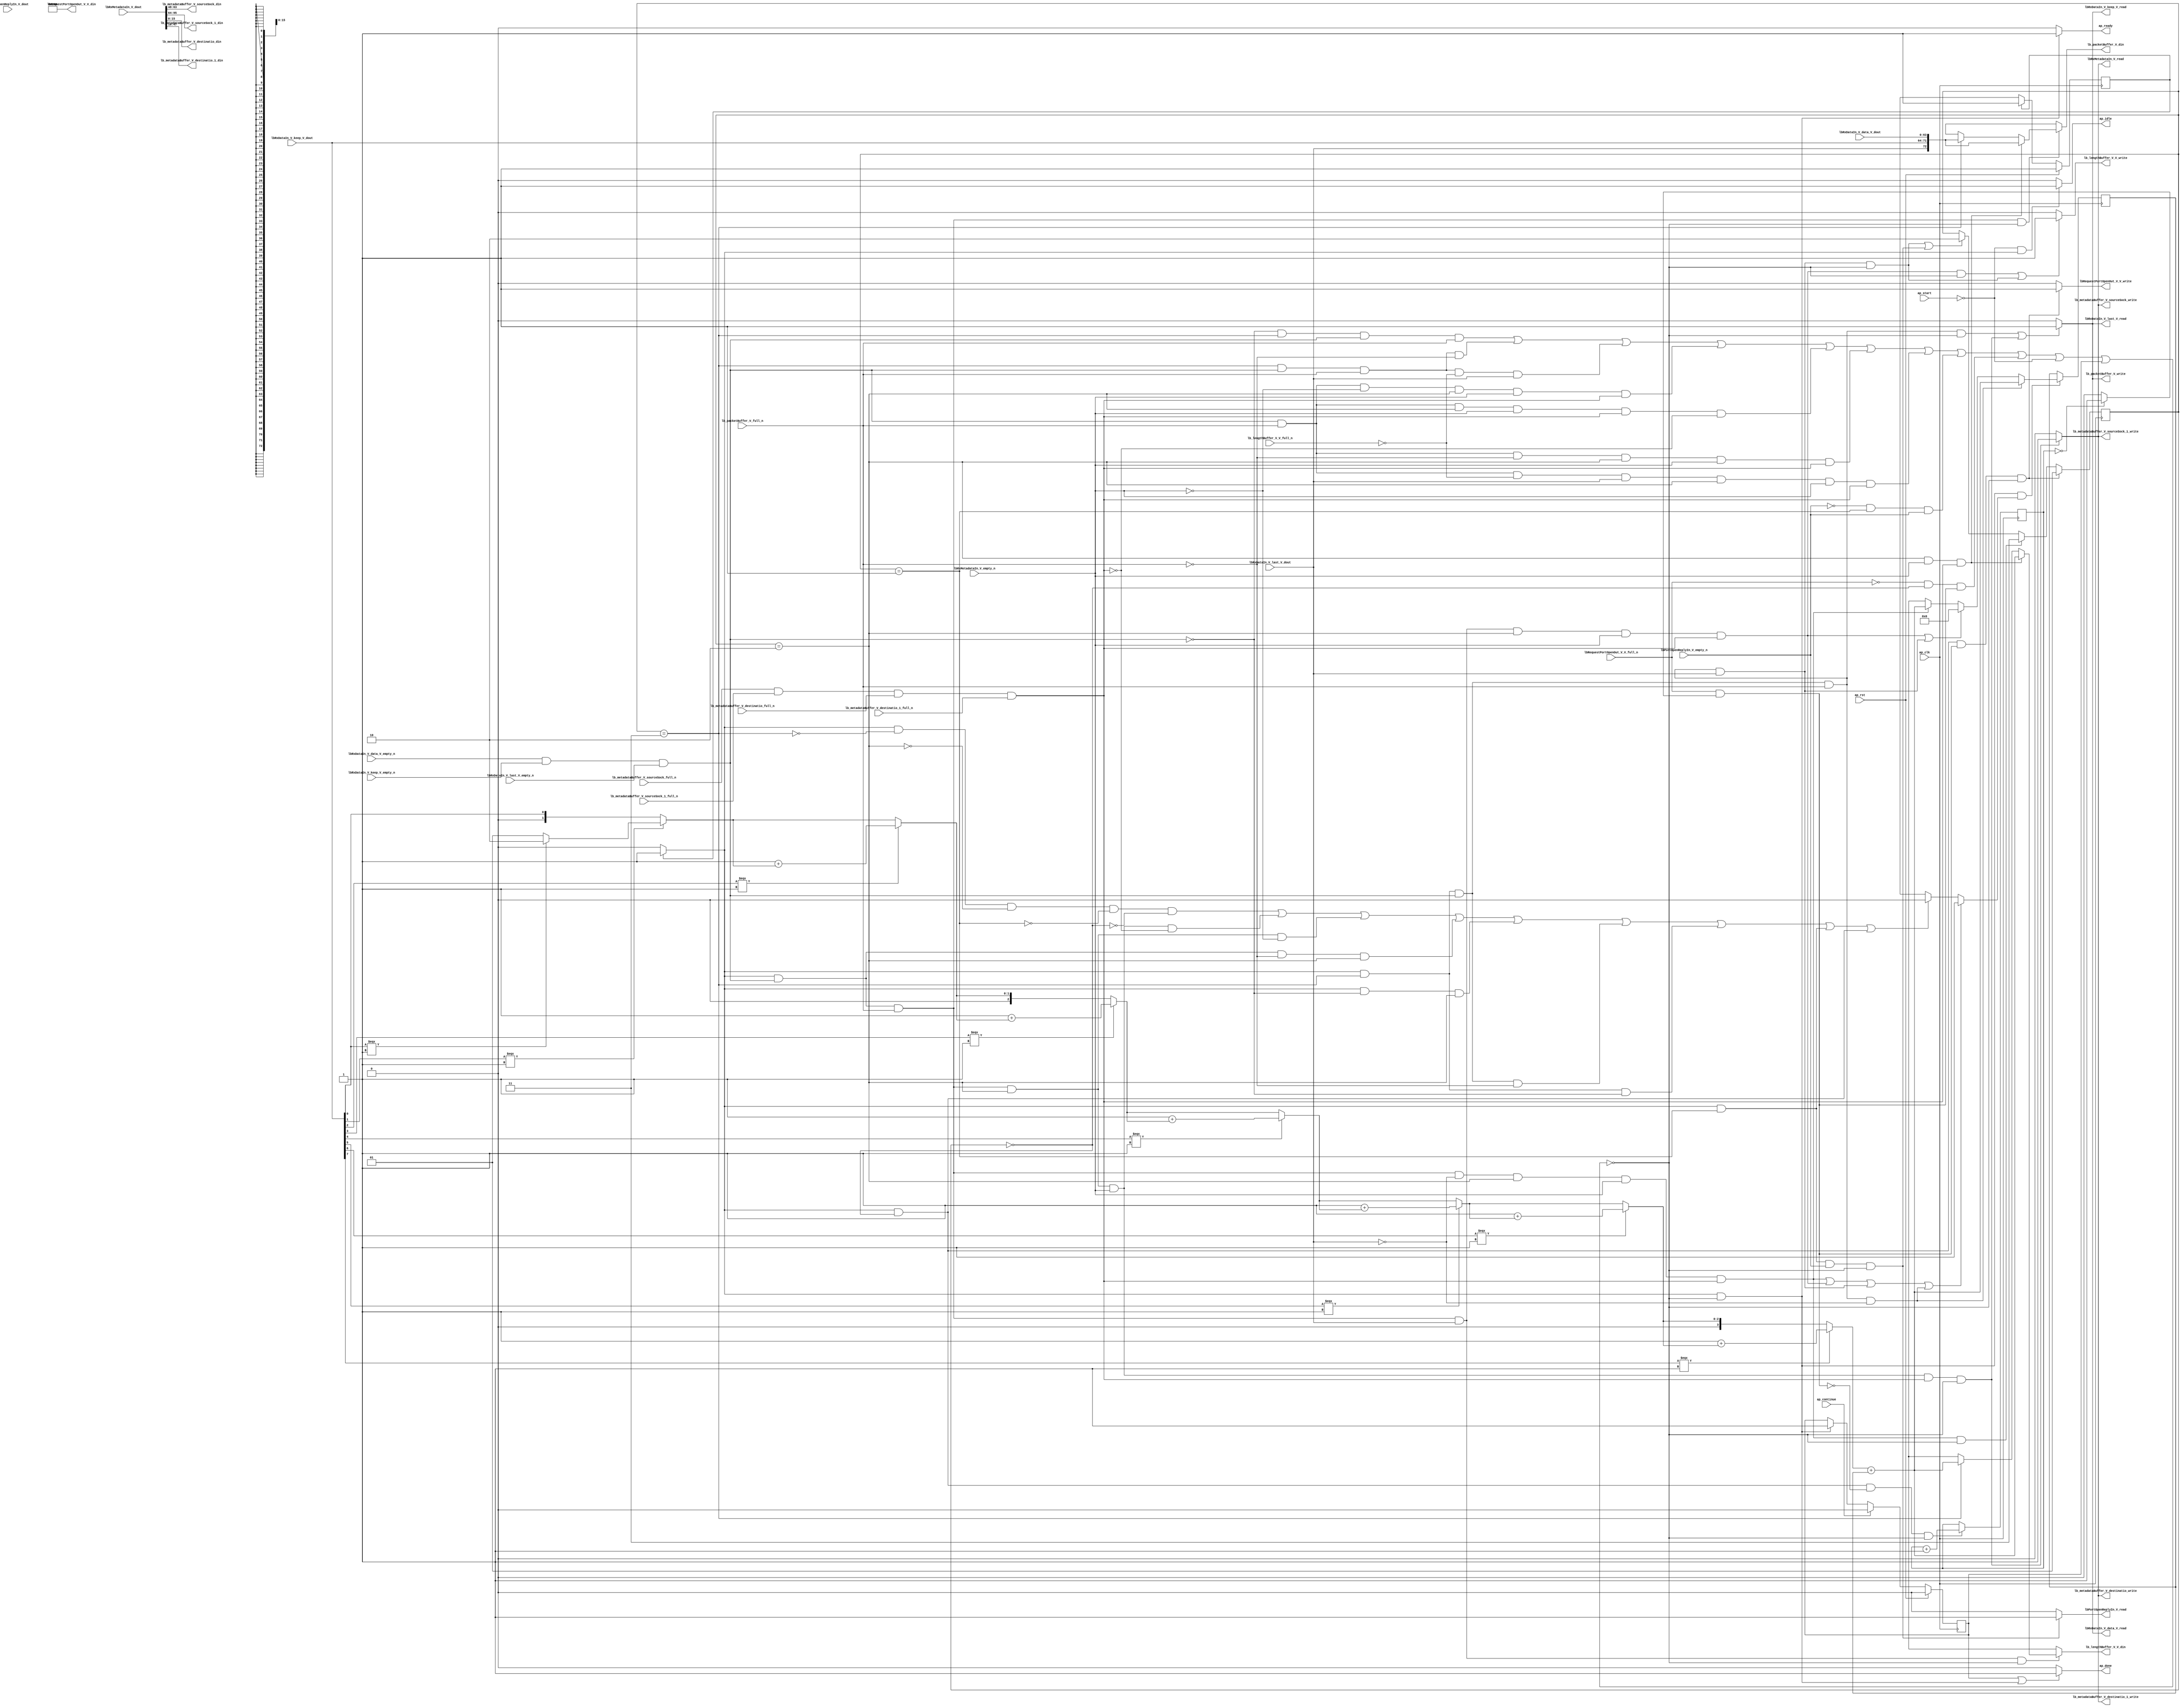
// ==============================================================
// RTL generated by Vivado(TM) HLS - High-Level Synthesis from C, C++ and SystemC
// Version: 2015.1
// Copyright (C) 2015 Xilinx Inc. All rights reserved.
// 
// ===========================================================

`timescale 1 ns / 1 ps 

module udpLoopback_rxPath (
        ap_clk,
        ap_rst,
        ap_start,
        ap_done,
        ap_continue,
        ap_idle,
        ap_ready,
        lbRxDataIn_V_data_V_dout,
        lbRxDataIn_V_data_V_empty_n,
        lbRxDataIn_V_data_V_read,
        lbRxDataIn_V_keep_V_dout,
        lbRxDataIn_V_keep_V_empty_n,
        lbRxDataIn_V_keep_V_read,
        lbRxDataIn_V_last_V_dout,
        lbRxDataIn_V_last_V_empty_n,
        lbRxDataIn_V_last_V_read,
        lbRxMetadataIn_V_dout,
        lbRxMetadataIn_V_empty_n,
        lbRxMetadataIn_V_read,
        lbRequestPortOpenOut_V_V_din,
        lbRequestPortOpenOut_V_V_full_n,
        lbRequestPortOpenOut_V_V_write,
        lbPortOpenReplyIn_V_dout,
        lbPortOpenReplyIn_V_empty_n,
        lbPortOpenReplyIn_V_read,
        lb_packetBuffer_V_din,
        lb_packetBuffer_V_full_n,
        lb_packetBuffer_V_write,
        lb_metadataBuffer_V_sourceSock_din,
        lb_metadataBuffer_V_sourceSock_full_n,
        lb_metadataBuffer_V_sourceSock_write,
        lb_metadataBuffer_V_sourceSock_1_din,
        lb_metadataBuffer_V_sourceSock_1_full_n,
        lb_metadataBuffer_V_sourceSock_1_write,
        lb_metadataBuffer_V_destinatio_din,
        lb_metadataBuffer_V_destinatio_full_n,
        lb_metadataBuffer_V_destinatio_write,
        lb_metadataBuffer_V_destinatio_1_din,
        lb_metadataBuffer_V_destinatio_1_full_n,
        lb_metadataBuffer_V_destinatio_1_write,
        lb_lengthBuffer_V_V_din,
        lb_lengthBuffer_V_V_full_n,
        lb_lengthBuffer_V_V_write
);

parameter    ap_const_logic_1 = 1'b1;
parameter    ap_const_logic_0 = 1'b0;
parameter    ap_ST_st1_fsm_0 = 1'b1;
parameter    ap_const_lv32_0 = 32'b00000000000000000000000000000000;
parameter    ap_const_lv1_1 = 1'b1;
parameter    ap_const_lv2_0 = 2'b00;
parameter    ap_const_lv16_0 = 16'b0000000000000000;
parameter    ap_const_lv1_0 = 1'b0;
parameter    ap_const_lv2_3 = 2'b11;
parameter    ap_const_lv2_2 = 2'b10;
parameter    ap_const_lv2_1 = 2'b1;
parameter    ap_const_lv16_280 = 16'b1010000000;
parameter    ap_const_lv32_1 = 32'b1;
parameter    ap_const_lv32_2 = 32'b10;
parameter    ap_const_lv32_3 = 32'b11;
parameter    ap_const_lv32_4 = 32'b100;
parameter    ap_const_lv32_5 = 32'b101;
parameter    ap_const_lv32_6 = 32'b110;
parameter    ap_const_lv32_7 = 32'b111;
parameter    ap_const_lv3_1 = 3'b1;
parameter    ap_const_lv4_1 = 4'b1;
parameter    ap_const_lv32_10 = 32'b10000;
parameter    ap_const_lv32_2F = 32'b101111;
parameter    ap_const_lv32_30 = 32'b110000;
parameter    ap_const_lv32_3F = 32'b111111;
parameter    ap_const_lv32_40 = 32'b1000000;
parameter    ap_const_lv32_5F = 32'b1011111;
parameter    ap_const_lv32_FFFFFFFF = 32'b11111111111111111111111111111111;
parameter    ap_true = 1'b1;

input   ap_clk;
input   ap_rst;
input   ap_start;
output   ap_done;
input   ap_continue;
output   ap_idle;
output   ap_ready;
input  [63:0] lbRxDataIn_V_data_V_dout;
input   lbRxDataIn_V_data_V_empty_n;
output   lbRxDataIn_V_data_V_read;
input  [7:0] lbRxDataIn_V_keep_V_dout;
input   lbRxDataIn_V_keep_V_empty_n;
output   lbRxDataIn_V_keep_V_read;
input  [0:0] lbRxDataIn_V_last_V_dout;
input   lbRxDataIn_V_last_V_empty_n;
output   lbRxDataIn_V_last_V_read;
input  [95:0] lbRxMetadataIn_V_dout;
input   lbRxMetadataIn_V_empty_n;
output   lbRxMetadataIn_V_read;
output  [15:0] lbRequestPortOpenOut_V_V_din;
input   lbRequestPortOpenOut_V_V_full_n;
output   lbRequestPortOpenOut_V_V_write;
input   lbPortOpenReplyIn_V_dout;
input   lbPortOpenReplyIn_V_empty_n;
output   lbPortOpenReplyIn_V_read;
output  [72:0] lb_packetBuffer_V_din;
input   lb_packetBuffer_V_full_n;
output   lb_packetBuffer_V_write;
output  [15:0] lb_metadataBuffer_V_sourceSock_din;
input   lb_metadataBuffer_V_sourceSock_full_n;
output   lb_metadataBuffer_V_sourceSock_write;
output  [31:0] lb_metadataBuffer_V_sourceSock_1_din;
input   lb_metadataBuffer_V_sourceSock_1_full_n;
output   lb_metadataBuffer_V_sourceSock_1_write;
output  [15:0] lb_metadataBuffer_V_destinatio_din;
input   lb_metadataBuffer_V_destinatio_full_n;
output   lb_metadataBuffer_V_destinatio_write;
output  [31:0] lb_metadataBuffer_V_destinatio_1_din;
input   lb_metadataBuffer_V_destinatio_1_full_n;
output   lb_metadataBuffer_V_destinatio_1_write;
output  [15:0] lb_lengthBuffer_V_V_din;
input   lb_lengthBuffer_V_V_full_n;
output   lb_lengthBuffer_V_V_write;

reg ap_done;
reg ap_idle;
reg ap_ready;
reg lbRxMetadataIn_V_read;
reg lbRequestPortOpenOut_V_V_write;
reg lbPortOpenReplyIn_V_read;
reg[72:0] lb_packetBuffer_V_din;
reg lb_packetBuffer_V_write;
reg[15:0] lb_lengthBuffer_V_V_din;
reg lb_lengthBuffer_V_V_write;
reg    ap_done_reg = 1'b0;
(* fsm_encoding = "none" *) reg   [0:0] ap_CS_fsm = 1'b1;
reg    ap_sig_cseq_ST_st1_fsm_0;
reg    ap_sig_bdd_20;
reg   [1:0] sinkState = 2'b00;
reg   [15:0] lbPacketLength = 16'b0000000000000000;
reg   [31:0] openPortWaitTime_V = 32'b1100100;
reg   [0:0] lbPacketLength_flag_4_phi_fu_321_p26;
wire    lbRxDataIn_V_data_V0_status;
wire   [0:0] grp_nbreadreq_fu_200_p5;
wire   [0:0] grp_nbwritereq_fu_212_p3;
wire   [0:0] tmp_8_nbreadreq_fu_244_p3;
wire   [0:0] tmp_10_nbwritereq_fu_252_p6;
wire    lb_metadataBuffer_V_sourceSock1_status;
wire   [0:0] tmp_1_nbreadreq_fu_288_p3;
wire   [0:0] or_cond_fu_819_p2;
reg    ap_sig_bdd_155;
wire   [15:0] tmp_V_1_fu_795_p2;
reg   [15:0] lbPacketLength_new_4_phi_fu_365_p26;
wire   [15:0] tmp_V_fu_618_p2;
reg    lbRxDataIn_V_data_V0_update;
wire   [72:0] tmp_243_fu_487_p4;
wire   [72:0] tmp_136_fu_664_p4;
reg    lb_metadataBuffer_V_sourceSock1_update;
wire   [31:0] tmp_6_fu_825_p2;
wire   [0:0] tmp_9_fu_498_p1;
wire   [0:0] grp_fu_417_p3;
wire   [1:0] counter_V_1_fu_506_p3;
wire   [1:0] p_051_0_cast_fu_502_p1;
wire   [1:0] p_051_0_1_fu_514_p3;
wire   [0:0] grp_fu_425_p3;
wire   [1:0] counter_V_2_fu_522_p2;
wire   [1:0] p_051_0_2_fu_528_p3;
wire   [2:0] p_051_0_2_cast_fu_536_p1;
wire   [0:0] grp_fu_433_p3;
wire   [2:0] counter_V_3_fu_540_p2;
wire   [2:0] p_051_0_3_fu_546_p3;
wire   [0:0] grp_fu_441_p3;
wire   [2:0] counter_V_4_fu_554_p2;
wire   [2:0] p_051_0_4_fu_560_p3;
wire   [0:0] grp_fu_449_p3;
wire   [2:0] counter_V_5_fu_568_p2;
wire   [2:0] p_051_0_5_fu_574_p3;
wire   [0:0] grp_fu_457_p3;
wire   [2:0] counter_V_6_fu_582_p2;
wire   [2:0] p_051_0_6_fu_588_p3;
wire   [3:0] p_051_0_6_cast_fu_596_p1;
wire   [0:0] grp_fu_465_p3;
wire   [3:0] counter_V_7_fu_600_p2;
wire   [3:0] p_051_0_7_fu_606_p3;
wire   [15:0] tmp_s_fu_614_p1;
wire   [0:0] tmp_20_fu_675_p1;
wire   [1:0] counter_V_1_1_fu_683_p3;
wire   [1:0] p_067_0_cast_fu_679_p1;
wire   [1:0] p_067_0_1_fu_691_p3;
wire   [1:0] counter_V_1_2_fu_699_p2;
wire   [1:0] p_067_0_2_fu_705_p3;
wire   [2:0] p_067_0_2_cast_fu_713_p1;
wire   [2:0] counter_V_1_3_fu_717_p2;
wire   [2:0] p_067_0_3_fu_723_p3;
wire   [2:0] counter_V_1_4_fu_731_p2;
wire   [2:0] p_067_0_4_fu_737_p3;
wire   [2:0] counter_V_1_5_fu_745_p2;
wire   [2:0] p_067_0_5_fu_751_p3;
wire   [2:0] counter_V_1_6_fu_759_p2;
wire   [2:0] p_067_0_6_fu_765_p3;
wire   [3:0] p_067_0_6_cast_fu_773_p1;
wire   [3:0] counter_V_1_7_fu_777_p2;
wire   [3:0] p_067_0_7_fu_783_p3;
wire   [15:0] tmp_13_fu_791_p1;
wire   [0:0] or_cond_fu_819_p0;
wire   [0:0] tmp_5_fu_813_p2;
reg   [0:0] ap_NS_fsm;
reg    ap_sig_bdd_551;
reg    ap_sig_bdd_549;
reg    ap_sig_bdd_554;




/// the current state (ap_CS_fsm) of the state machine. ///
always @ (posedge ap_clk)
begin : ap_ret_ap_CS_fsm
    if (ap_rst == 1'b1) begin
        ap_CS_fsm <= ap_ST_st1_fsm_0;
    end else begin
        ap_CS_fsm <= ap_NS_fsm;
    end
end

/// ap_done_reg assign process. ///
always @ (posedge ap_clk)
begin : ap_ret_ap_done_reg
    if (ap_rst == 1'b1) begin
        ap_done_reg <= ap_const_logic_0;
    end else begin
        if ((ap_const_logic_1 == ap_continue)) begin
            ap_done_reg <= ap_const_logic_0;
        end else if (((ap_const_logic_1 == ap_sig_cseq_ST_st1_fsm_0) & ~ap_sig_bdd_155)) begin
            ap_done_reg <= ap_const_logic_1;
        end
    end
end

/// assign process. ///
always @(posedge ap_clk)
begin
    if (((ap_const_logic_1 == ap_sig_cseq_ST_st1_fsm_0) & (ap_const_lv2_0 == sinkState) & ~(ap_const_lv1_0 == or_cond_fu_819_p2) & ~ap_sig_bdd_155)) begin
        sinkState <= ap_const_lv2_1;
    end else if (((ap_const_logic_1 == ap_sig_cseq_ST_st1_fsm_0) & ~(ap_const_lv1_0 == grp_nbreadreq_fu_200_p5) & ~(ap_const_lv1_0 == grp_nbwritereq_fu_212_p3) & (ap_const_lv1_0 == lbRxDataIn_V_last_V_dout) & (sinkState == ap_const_lv2_2) & ~(ap_const_lv1_0 == tmp_8_nbreadreq_fu_244_p3) & ~(ap_const_lv1_0 == tmp_10_nbwritereq_fu_252_p6) & ~ap_sig_bdd_155)) begin
        sinkState <= ap_const_lv2_3;
    end else if ((((ap_const_logic_1 == ap_sig_cseq_ST_st1_fsm_0) & (sinkState == ap_const_lv2_3) & ~(ap_const_lv1_0 == grp_nbreadreq_fu_200_p5) & ~(ap_const_lv1_0 == grp_nbwritereq_fu_212_p3) & ~(ap_const_lv1_0 == lbRxDataIn_V_last_V_dout) & ~ap_sig_bdd_155) | ((ap_const_logic_1 == ap_sig_cseq_ST_st1_fsm_0) & (sinkState == ap_const_lv2_1) & ~(ap_const_lv1_0 == tmp_1_nbreadreq_fu_288_p3) & ~ap_sig_bdd_155))) begin
        sinkState <= ap_const_lv2_2;
    end
end

/// assign process. ///
always @(posedge ap_clk)
begin
    if (((ap_const_logic_1 == ap_sig_cseq_ST_st1_fsm_0) & ~ap_sig_bdd_155 & ~(ap_const_lv1_0 == lbPacketLength_flag_4_phi_fu_321_p26))) begin
        lbPacketLength <= lbPacketLength_new_4_phi_fu_365_p26;
    end
end

/// assign process. ///
always @(posedge ap_clk)
begin
    if (((ap_const_logic_1 == ap_sig_cseq_ST_st1_fsm_0) & (ap_const_lv2_0 == sinkState) & (ap_const_lv1_0 == or_cond_fu_819_p2) & ~ap_sig_bdd_155)) begin
        openPortWaitTime_V <= tmp_6_fu_825_p2;
    end
end

/// ap_done assign process. ///
always @ (ap_done_reg or ap_sig_cseq_ST_st1_fsm_0 or ap_sig_bdd_155)
begin
    if (((ap_const_logic_1 == ap_done_reg) | ((ap_const_logic_1 == ap_sig_cseq_ST_st1_fsm_0) & ~ap_sig_bdd_155))) begin
        ap_done = ap_const_logic_1;
    end else begin
        ap_done = ap_const_logic_0;
    end
end

/// ap_idle assign process. ///
always @ (ap_start or ap_sig_cseq_ST_st1_fsm_0)
begin
    if ((~(ap_const_logic_1 == ap_start) & (ap_const_logic_1 == ap_sig_cseq_ST_st1_fsm_0))) begin
        ap_idle = ap_const_logic_1;
    end else begin
        ap_idle = ap_const_logic_0;
    end
end

/// ap_ready assign process. ///
always @ (ap_sig_cseq_ST_st1_fsm_0 or ap_sig_bdd_155)
begin
    if (((ap_const_logic_1 == ap_sig_cseq_ST_st1_fsm_0) & ~ap_sig_bdd_155)) begin
        ap_ready = ap_const_logic_1;
    end else begin
        ap_ready = ap_const_logic_0;
    end
end

/// ap_sig_cseq_ST_st1_fsm_0 assign process. ///
always @ (ap_sig_bdd_20)
begin
    if (ap_sig_bdd_20) begin
        ap_sig_cseq_ST_st1_fsm_0 = ap_const_logic_1;
    end else begin
        ap_sig_cseq_ST_st1_fsm_0 = ap_const_logic_0;
    end
end

/// lbPacketLength_flag_4_phi_fu_321_p26 assign process. ///
always @ (ap_sig_cseq_ST_st1_fsm_0 or lbRxDataIn_V_last_V_dout or sinkState or grp_nbreadreq_fu_200_p5 or grp_nbwritereq_fu_212_p3 or tmp_8_nbreadreq_fu_244_p3 or tmp_10_nbwritereq_fu_252_p6)
begin
    if ((((ap_const_logic_1 == ap_sig_cseq_ST_st1_fsm_0) & ~(ap_const_lv1_0 == grp_nbreadreq_fu_200_p5) & ~(ap_const_lv1_0 == grp_nbwritereq_fu_212_p3) & (ap_const_lv1_0 == lbRxDataIn_V_last_V_dout) & (sinkState == ap_const_lv2_2) & ~(ap_const_lv1_0 == tmp_8_nbreadreq_fu_244_p3) & ~(ap_const_lv1_0 == tmp_10_nbwritereq_fu_252_p6)) | ((ap_const_logic_1 == ap_sig_cseq_ST_st1_fsm_0) & ~(ap_const_lv1_0 == grp_nbreadreq_fu_200_p5) & ~(ap_const_lv1_0 == grp_nbwritereq_fu_212_p3) & ~(ap_const_lv1_0 == lbRxDataIn_V_last_V_dout) & (sinkState == ap_const_lv2_2) & ~(ap_const_lv1_0 == tmp_8_nbreadreq_fu_244_p3) & ~(ap_const_lv1_0 == tmp_10_nbwritereq_fu_252_p6)) | ((ap_const_logic_1 == ap_sig_cseq_ST_st1_fsm_0) & (sinkState == ap_const_lv2_3) & ~(ap_const_lv1_0 == grp_nbreadreq_fu_200_p5) & ~(ap_const_lv1_0 == grp_nbwritereq_fu_212_p3) & ~(ap_const_lv1_0 == lbRxDataIn_V_last_V_dout)) | ((ap_const_logic_1 == ap_sig_cseq_ST_st1_fsm_0) & (sinkState == ap_const_lv2_3) & ~(ap_const_lv1_0 == grp_nbreadreq_fu_200_p5) & ~(ap_const_lv1_0 == grp_nbwritereq_fu_212_p3) & (ap_const_lv1_0 == lbRxDataIn_V_last_V_dout)))) begin
        lbPacketLength_flag_4_phi_fu_321_p26 = ap_const_lv1_1;
    end else if ((((ap_const_logic_1 == ap_sig_cseq_ST_st1_fsm_0) & ~(sinkState == ap_const_lv2_3) & ~(sinkState == ap_const_lv2_2) & ~(sinkState == ap_const_lv2_1) & ~(ap_const_lv2_0 == sinkState)) | ((ap_const_logic_1 == ap_sig_cseq_ST_st1_fsm_0) & ~(ap_const_lv1_0 == grp_nbreadreq_fu_200_p5) & ~(ap_const_lv1_0 == grp_nbwritereq_fu_212_p3) & (sinkState == ap_const_lv2_2) & ~(ap_const_lv1_0 == tmp_8_nbreadreq_fu_244_p3) & (ap_const_lv1_0 == tmp_10_nbwritereq_fu_252_p6)) | ((ap_const_logic_1 == ap_sig_cseq_ST_st1_fsm_0) & ~(ap_const_lv1_0 == grp_nbreadreq_fu_200_p5) & ~(ap_const_lv1_0 == grp_nbwritereq_fu_212_p3) & (sinkState == ap_const_lv2_2) & (ap_const_lv1_0 == tmp_8_nbreadreq_fu_244_p3)) | ((ap_const_logic_1 == ap_sig_cseq_ST_st1_fsm_0) & ~(ap_const_lv1_0 == grp_nbreadreq_fu_200_p5) & (ap_const_lv1_0 == grp_nbwritereq_fu_212_p3) & (sinkState == ap_const_lv2_2)) | ((ap_const_logic_1 == ap_sig_cseq_ST_st1_fsm_0) & (ap_const_lv1_0 == grp_nbreadreq_fu_200_p5) & (sinkState == ap_const_lv2_2)) | ((ap_const_logic_1 == ap_sig_cseq_ST_st1_fsm_0) & (sinkState == ap_const_lv2_3) & ~(ap_const_lv1_0 == grp_nbreadreq_fu_200_p5) & (ap_const_lv1_0 == grp_nbwritereq_fu_212_p3)) | ((ap_const_logic_1 == ap_sig_cseq_ST_st1_fsm_0) & (sinkState == ap_const_lv2_3) & (ap_const_lv1_0 == grp_nbreadreq_fu_200_p5)) | ((ap_const_logic_1 == ap_sig_cseq_ST_st1_fsm_0) & (sinkState == ap_const_lv2_1)) | ((ap_const_logic_1 == ap_sig_cseq_ST_st1_fsm_0) & (ap_const_lv2_0 == sinkState)))) begin
        lbPacketLength_flag_4_phi_fu_321_p26 = ap_const_lv1_0;
    end else begin
        lbPacketLength_flag_4_phi_fu_321_p26 = 'bx;
    end
end

/// lbPacketLength_new_4_phi_fu_365_p26 assign process. ///
always @ (ap_sig_cseq_ST_st1_fsm_0 or lbRxDataIn_V_last_V_dout or sinkState or grp_nbreadreq_fu_200_p5 or grp_nbwritereq_fu_212_p3 or tmp_8_nbreadreq_fu_244_p3 or tmp_10_nbwritereq_fu_252_p6 or tmp_V_1_fu_795_p2 or tmp_V_fu_618_p2)
begin
    if (((ap_const_logic_1 == ap_sig_cseq_ST_st1_fsm_0) & (sinkState == ap_const_lv2_3) & ~(ap_const_lv1_0 == grp_nbreadreq_fu_200_p5) & ~(ap_const_lv1_0 == grp_nbwritereq_fu_212_p3) & (ap_const_lv1_0 == lbRxDataIn_V_last_V_dout))) begin
        lbPacketLength_new_4_phi_fu_365_p26 = tmp_V_fu_618_p2;
    end else if ((((ap_const_logic_1 == ap_sig_cseq_ST_st1_fsm_0) & ~(ap_const_lv1_0 == grp_nbreadreq_fu_200_p5) & ~(ap_const_lv1_0 == grp_nbwritereq_fu_212_p3) & ~(ap_const_lv1_0 == lbRxDataIn_V_last_V_dout) & (sinkState == ap_const_lv2_2) & ~(ap_const_lv1_0 == tmp_8_nbreadreq_fu_244_p3) & ~(ap_const_lv1_0 == tmp_10_nbwritereq_fu_252_p6)) | ((ap_const_logic_1 == ap_sig_cseq_ST_st1_fsm_0) & (sinkState == ap_const_lv2_3) & ~(ap_const_lv1_0 == grp_nbreadreq_fu_200_p5) & ~(ap_const_lv1_0 == grp_nbwritereq_fu_212_p3) & ~(ap_const_lv1_0 == lbRxDataIn_V_last_V_dout)))) begin
        lbPacketLength_new_4_phi_fu_365_p26 = ap_const_lv16_0;
    end else if (((ap_const_logic_1 == ap_sig_cseq_ST_st1_fsm_0) & ~(ap_const_lv1_0 == grp_nbreadreq_fu_200_p5) & ~(ap_const_lv1_0 == grp_nbwritereq_fu_212_p3) & (ap_const_lv1_0 == lbRxDataIn_V_last_V_dout) & (sinkState == ap_const_lv2_2) & ~(ap_const_lv1_0 == tmp_8_nbreadreq_fu_244_p3) & ~(ap_const_lv1_0 == tmp_10_nbwritereq_fu_252_p6))) begin
        lbPacketLength_new_4_phi_fu_365_p26 = tmp_V_1_fu_795_p2;
    end else begin
        lbPacketLength_new_4_phi_fu_365_p26 = 'bx;
    end
end

/// lbPortOpenReplyIn_V_read assign process. ///
always @ (ap_sig_cseq_ST_st1_fsm_0 or sinkState or tmp_1_nbreadreq_fu_288_p3 or ap_sig_bdd_155)
begin
    if (((ap_const_logic_1 == ap_sig_cseq_ST_st1_fsm_0) & (sinkState == ap_const_lv2_1) & ~(ap_const_lv1_0 == tmp_1_nbreadreq_fu_288_p3) & ~ap_sig_bdd_155)) begin
        lbPortOpenReplyIn_V_read = ap_const_logic_1;
    end else begin
        lbPortOpenReplyIn_V_read = ap_const_logic_0;
    end
end

/// lbRequestPortOpenOut_V_V_write assign process. ///
always @ (ap_sig_cseq_ST_st1_fsm_0 or sinkState or or_cond_fu_819_p2 or ap_sig_bdd_155)
begin
    if (((ap_const_logic_1 == ap_sig_cseq_ST_st1_fsm_0) & (ap_const_lv2_0 == sinkState) & ~(ap_const_lv1_0 == or_cond_fu_819_p2) & ~ap_sig_bdd_155)) begin
        lbRequestPortOpenOut_V_V_write = ap_const_logic_1;
    end else begin
        lbRequestPortOpenOut_V_V_write = ap_const_logic_0;
    end
end

/// lbRxDataIn_V_data_V0_update assign process. ///
always @ (ap_sig_cseq_ST_st1_fsm_0 or sinkState or grp_nbreadreq_fu_200_p5 or grp_nbwritereq_fu_212_p3 or tmp_8_nbreadreq_fu_244_p3 or tmp_10_nbwritereq_fu_252_p6 or ap_sig_bdd_155)
begin
    if ((((ap_const_logic_1 == ap_sig_cseq_ST_st1_fsm_0) & (sinkState == ap_const_lv2_3) & ~(ap_const_lv1_0 == grp_nbreadreq_fu_200_p5) & ~(ap_const_lv1_0 == grp_nbwritereq_fu_212_p3) & ~ap_sig_bdd_155) | ((ap_const_logic_1 == ap_sig_cseq_ST_st1_fsm_0) & ~(ap_const_lv1_0 == grp_nbreadreq_fu_200_p5) & ~(ap_const_lv1_0 == grp_nbwritereq_fu_212_p3) & (sinkState == ap_const_lv2_2) & ~(ap_const_lv1_0 == tmp_8_nbreadreq_fu_244_p3) & ~(ap_const_lv1_0 == tmp_10_nbwritereq_fu_252_p6) & ~ap_sig_bdd_155))) begin
        lbRxDataIn_V_data_V0_update = ap_const_logic_1;
    end else begin
        lbRxDataIn_V_data_V0_update = ap_const_logic_0;
    end
end

/// lbRxMetadataIn_V_read assign process. ///
always @ (ap_sig_cseq_ST_st1_fsm_0 or sinkState or grp_nbreadreq_fu_200_p5 or grp_nbwritereq_fu_212_p3 or tmp_8_nbreadreq_fu_244_p3 or tmp_10_nbwritereq_fu_252_p6 or ap_sig_bdd_155)
begin
    if (((ap_const_logic_1 == ap_sig_cseq_ST_st1_fsm_0) & ~(ap_const_lv1_0 == grp_nbreadreq_fu_200_p5) & ~(ap_const_lv1_0 == grp_nbwritereq_fu_212_p3) & (sinkState == ap_const_lv2_2) & ~(ap_const_lv1_0 == tmp_8_nbreadreq_fu_244_p3) & ~(ap_const_lv1_0 == tmp_10_nbwritereq_fu_252_p6) & ~ap_sig_bdd_155)) begin
        lbRxMetadataIn_V_read = ap_const_logic_1;
    end else begin
        lbRxMetadataIn_V_read = ap_const_logic_0;
    end
end

/// lb_lengthBuffer_V_V_din assign process. ///
always @ (sinkState or tmp_V_1_fu_795_p2 or tmp_V_fu_618_p2 or ap_sig_bdd_551 or ap_sig_bdd_549)
begin
    if (ap_sig_bdd_549) begin
        if (ap_sig_bdd_551) begin
            lb_lengthBuffer_V_V_din = tmp_V_1_fu_795_p2;
        end else if ((sinkState == ap_const_lv2_3)) begin
            lb_lengthBuffer_V_V_din = tmp_V_fu_618_p2;
        end else begin
            lb_lengthBuffer_V_V_din = 'bx;
        end
    end else begin
        lb_lengthBuffer_V_V_din = 'bx;
    end
end

/// lb_lengthBuffer_V_V_write assign process. ///
always @ (ap_sig_cseq_ST_st1_fsm_0 or lbRxDataIn_V_last_V_dout or sinkState or grp_nbreadreq_fu_200_p5 or grp_nbwritereq_fu_212_p3 or tmp_8_nbreadreq_fu_244_p3 or tmp_10_nbwritereq_fu_252_p6 or ap_sig_bdd_155)
begin
    if ((((ap_const_logic_1 == ap_sig_cseq_ST_st1_fsm_0) & ~(ap_const_lv1_0 == grp_nbreadreq_fu_200_p5) & ~(ap_const_lv1_0 == grp_nbwritereq_fu_212_p3) & ~(ap_const_lv1_0 == lbRxDataIn_V_last_V_dout) & (sinkState == ap_const_lv2_2) & ~(ap_const_lv1_0 == tmp_8_nbreadreq_fu_244_p3) & ~(ap_const_lv1_0 == tmp_10_nbwritereq_fu_252_p6) & ~ap_sig_bdd_155) | ((ap_const_logic_1 == ap_sig_cseq_ST_st1_fsm_0) & (sinkState == ap_const_lv2_3) & ~(ap_const_lv1_0 == grp_nbreadreq_fu_200_p5) & ~(ap_const_lv1_0 == grp_nbwritereq_fu_212_p3) & ~(ap_const_lv1_0 == lbRxDataIn_V_last_V_dout) & ~ap_sig_bdd_155))) begin
        lb_lengthBuffer_V_V_write = ap_const_logic_1;
    end else begin
        lb_lengthBuffer_V_V_write = ap_const_logic_0;
    end
end

/// lb_metadataBuffer_V_sourceSock1_update assign process. ///
always @ (ap_sig_cseq_ST_st1_fsm_0 or sinkState or grp_nbreadreq_fu_200_p5 or grp_nbwritereq_fu_212_p3 or tmp_8_nbreadreq_fu_244_p3 or tmp_10_nbwritereq_fu_252_p6 or ap_sig_bdd_155)
begin
    if (((ap_const_logic_1 == ap_sig_cseq_ST_st1_fsm_0) & ~(ap_const_lv1_0 == grp_nbreadreq_fu_200_p5) & ~(ap_const_lv1_0 == grp_nbwritereq_fu_212_p3) & (sinkState == ap_const_lv2_2) & ~(ap_const_lv1_0 == tmp_8_nbreadreq_fu_244_p3) & ~(ap_const_lv1_0 == tmp_10_nbwritereq_fu_252_p6) & ~ap_sig_bdd_155)) begin
        lb_metadataBuffer_V_sourceSock1_update = ap_const_logic_1;
    end else begin
        lb_metadataBuffer_V_sourceSock1_update = ap_const_logic_0;
    end
end

/// lb_packetBuffer_V_din assign process. ///
always @ (sinkState or tmp_243_fu_487_p4 or tmp_136_fu_664_p4 or ap_sig_bdd_551 or ap_sig_bdd_554)
begin
    if (ap_sig_bdd_554) begin
        if (ap_sig_bdd_551) begin
            lb_packetBuffer_V_din = tmp_136_fu_664_p4;
        end else if ((sinkState == ap_const_lv2_3)) begin
            lb_packetBuffer_V_din = tmp_243_fu_487_p4;
        end else begin
            lb_packetBuffer_V_din = 'bx;
        end
    end else begin
        lb_packetBuffer_V_din = 'bx;
    end
end

/// lb_packetBuffer_V_write assign process. ///
always @ (ap_sig_cseq_ST_st1_fsm_0 or sinkState or grp_nbreadreq_fu_200_p5 or grp_nbwritereq_fu_212_p3 or tmp_8_nbreadreq_fu_244_p3 or tmp_10_nbwritereq_fu_252_p6 or ap_sig_bdd_155)
begin
    if ((((ap_const_logic_1 == ap_sig_cseq_ST_st1_fsm_0) & (sinkState == ap_const_lv2_3) & ~(ap_const_lv1_0 == grp_nbreadreq_fu_200_p5) & ~(ap_const_lv1_0 == grp_nbwritereq_fu_212_p3) & ~ap_sig_bdd_155) | ((ap_const_logic_1 == ap_sig_cseq_ST_st1_fsm_0) & ~(ap_const_lv1_0 == grp_nbreadreq_fu_200_p5) & ~(ap_const_lv1_0 == grp_nbwritereq_fu_212_p3) & (sinkState == ap_const_lv2_2) & ~(ap_const_lv1_0 == tmp_8_nbreadreq_fu_244_p3) & ~(ap_const_lv1_0 == tmp_10_nbwritereq_fu_252_p6) & ~ap_sig_bdd_155))) begin
        lb_packetBuffer_V_write = ap_const_logic_1;
    end else begin
        lb_packetBuffer_V_write = ap_const_logic_0;
    end
end
/// the next state (ap_NS_fsm) of the state machine. ///
always @ (ap_CS_fsm or ap_sig_bdd_155)
begin
    case (ap_CS_fsm)
        ap_ST_st1_fsm_0 : 
        begin
            ap_NS_fsm = ap_ST_st1_fsm_0;
        end
        default : 
        begin
            ap_NS_fsm = 'bx;
        end
    endcase
end


/// ap_sig_bdd_155 assign process. ///
always @ (ap_start or ap_done_reg or lbRxDataIn_V_last_V_dout or lbRxMetadataIn_V_empty_n or lbRequestPortOpenOut_V_V_full_n or lbPortOpenReplyIn_V_empty_n or sinkState or lb_packetBuffer_V_full_n or lb_lengthBuffer_V_V_full_n or lbRxDataIn_V_data_V0_status or grp_nbreadreq_fu_200_p5 or grp_nbwritereq_fu_212_p3 or tmp_8_nbreadreq_fu_244_p3 or tmp_10_nbwritereq_fu_252_p6 or lb_metadataBuffer_V_sourceSock1_status or tmp_1_nbreadreq_fu_288_p3 or or_cond_fu_819_p2)
begin
    ap_sig_bdd_155 = (((lbRxDataIn_V_data_V0_status == ap_const_logic_0) & (sinkState == ap_const_lv2_3) & ~(ap_const_lv1_0 == grp_nbreadreq_fu_200_p5) & ~(ap_const_lv1_0 == grp_nbwritereq_fu_212_p3)) | ((sinkState == ap_const_lv2_3) & ~(ap_const_lv1_0 == grp_nbreadreq_fu_200_p5) & ~(ap_const_lv1_0 == grp_nbwritereq_fu_212_p3) & (lb_packetBuffer_V_full_n == ap_const_logic_0)) | ((sinkState == ap_const_lv2_3) & ~(ap_const_lv1_0 == grp_nbreadreq_fu_200_p5) & ~(ap_const_lv1_0 == grp_nbwritereq_fu_212_p3) & (lb_lengthBuffer_V_V_full_n == ap_const_logic_0) & ~(ap_const_lv1_0 == lbRxDataIn_V_last_V_dout)) | (~(ap_const_lv1_0 == grp_nbreadreq_fu_200_p5) & ~(ap_const_lv1_0 == grp_nbwritereq_fu_212_p3) & (lbRxMetadataIn_V_empty_n == ap_const_logic_0) & (sinkState == ap_const_lv2_2) & ~(ap_const_lv1_0 == tmp_8_nbreadreq_fu_244_p3) & ~(ap_const_lv1_0 == tmp_10_nbwritereq_fu_252_p6)) | (~(ap_const_lv1_0 == grp_nbreadreq_fu_200_p5) & ~(ap_const_lv1_0 == grp_nbwritereq_fu_212_p3) & (sinkState == ap_const_lv2_2) & ~(ap_const_lv1_0 == tmp_8_nbreadreq_fu_244_p3) & ~(ap_const_lv1_0 == tmp_10_nbwritereq_fu_252_p6) & (lb_metadataBuffer_V_sourceSock1_status == ap_const_logic_0)) | ((lbRxDataIn_V_data_V0_status == ap_const_logic_0) & ~(ap_const_lv1_0 == grp_nbreadreq_fu_200_p5) & ~(ap_const_lv1_0 == grp_nbwritereq_fu_212_p3) & (sinkState == ap_const_lv2_2) & ~(ap_const_lv1_0 == tmp_8_nbreadreq_fu_244_p3) & ~(ap_const_lv1_0 == tmp_10_nbwritereq_fu_252_p6)) | (~(ap_const_lv1_0 == grp_nbreadreq_fu_200_p5) & ~(ap_const_lv1_0 == grp_nbwritereq_fu_212_p3) & (lb_packetBuffer_V_full_n == ap_const_logic_0) & (sinkState == ap_const_lv2_2) & ~(ap_const_lv1_0 == tmp_8_nbreadreq_fu_244_p3) & ~(ap_const_lv1_0 == tmp_10_nbwritereq_fu_252_p6)) | (~(ap_const_lv1_0 == grp_nbreadreq_fu_200_p5) & ~(ap_const_lv1_0 == grp_nbwritereq_fu_212_p3) & (lb_lengthBuffer_V_V_full_n == ap_const_logic_0) & ~(ap_const_lv1_0 == lbRxDataIn_V_last_V_dout) & (sinkState == ap_const_lv2_2) & ~(ap_const_lv1_0 == tmp_8_nbreadreq_fu_244_p3) & ~(ap_const_lv1_0 == tmp_10_nbwritereq_fu_252_p6)) | ((lbPortOpenReplyIn_V_empty_n == ap_const_logic_0) & (sinkState == ap_const_lv2_1) & ~(ap_const_lv1_0 == tmp_1_nbreadreq_fu_288_p3)) | ((lbRequestPortOpenOut_V_V_full_n == ap_const_logic_0) & (ap_const_lv2_0 == sinkState) & ~(ap_const_lv1_0 == or_cond_fu_819_p2)) | (ap_start == ap_const_logic_0) | (ap_done_reg == ap_const_logic_1));
end

/// ap_sig_bdd_20 assign process. ///
always @ (ap_CS_fsm)
begin
    ap_sig_bdd_20 = (ap_CS_fsm[ap_const_lv32_0] == ap_const_lv1_1);
end

/// ap_sig_bdd_549 assign process. ///
always @ (ap_sig_cseq_ST_st1_fsm_0 or lbRxDataIn_V_last_V_dout or grp_nbreadreq_fu_200_p5 or grp_nbwritereq_fu_212_p3 or ap_sig_bdd_155)
begin
    ap_sig_bdd_549 = ((ap_const_logic_1 == ap_sig_cseq_ST_st1_fsm_0) & ~(ap_const_lv1_0 == grp_nbreadreq_fu_200_p5) & ~(ap_const_lv1_0 == grp_nbwritereq_fu_212_p3) & ~(ap_const_lv1_0 == lbRxDataIn_V_last_V_dout) & ~ap_sig_bdd_155);
end

/// ap_sig_bdd_551 assign process. ///
always @ (sinkState or tmp_8_nbreadreq_fu_244_p3 or tmp_10_nbwritereq_fu_252_p6)
begin
    ap_sig_bdd_551 = ((sinkState == ap_const_lv2_2) & ~(ap_const_lv1_0 == tmp_8_nbreadreq_fu_244_p3) & ~(ap_const_lv1_0 == tmp_10_nbwritereq_fu_252_p6));
end

/// ap_sig_bdd_554 assign process. ///
always @ (ap_sig_cseq_ST_st1_fsm_0 or grp_nbreadreq_fu_200_p5 or grp_nbwritereq_fu_212_p3 or ap_sig_bdd_155)
begin
    ap_sig_bdd_554 = ((ap_const_logic_1 == ap_sig_cseq_ST_st1_fsm_0) & ~(ap_const_lv1_0 == grp_nbreadreq_fu_200_p5) & ~(ap_const_lv1_0 == grp_nbwritereq_fu_212_p3) & ~ap_sig_bdd_155);
end
assign counter_V_1_1_fu_683_p3 = ((tmp_20_fu_675_p1[0:0]===1'b1)? ap_const_lv2_2: ap_const_lv2_1);
assign counter_V_1_2_fu_699_p2 = (ap_const_lv2_1 + p_067_0_1_fu_691_p3);
assign counter_V_1_3_fu_717_p2 = (ap_const_lv3_1 + p_067_0_2_cast_fu_713_p1);
assign counter_V_1_4_fu_731_p2 = (ap_const_lv3_1 + p_067_0_3_fu_723_p3);
assign counter_V_1_5_fu_745_p2 = (ap_const_lv3_1 + p_067_0_4_fu_737_p3);
assign counter_V_1_6_fu_759_p2 = (ap_const_lv3_1 + p_067_0_5_fu_751_p3);
assign counter_V_1_7_fu_777_p2 = (ap_const_lv4_1 + p_067_0_6_cast_fu_773_p1);
assign counter_V_1_fu_506_p3 = ((tmp_9_fu_498_p1[0:0]===1'b1)? ap_const_lv2_2: ap_const_lv2_1);
assign counter_V_2_fu_522_p2 = (ap_const_lv2_1 + p_051_0_1_fu_514_p3);
assign counter_V_3_fu_540_p2 = (ap_const_lv3_1 + p_051_0_2_cast_fu_536_p1);
assign counter_V_4_fu_554_p2 = (ap_const_lv3_1 + p_051_0_3_fu_546_p3);
assign counter_V_5_fu_568_p2 = (ap_const_lv3_1 + p_051_0_4_fu_560_p3);
assign counter_V_6_fu_582_p2 = (ap_const_lv3_1 + p_051_0_5_fu_574_p3);
assign counter_V_7_fu_600_p2 = (ap_const_lv4_1 + p_051_0_6_cast_fu_596_p1);
assign grp_fu_417_p3 = lbRxDataIn_V_keep_V_dout[ap_const_lv32_1];
assign grp_fu_425_p3 = lbRxDataIn_V_keep_V_dout[ap_const_lv32_2];
assign grp_fu_433_p3 = lbRxDataIn_V_keep_V_dout[ap_const_lv32_3];
assign grp_fu_441_p3 = lbRxDataIn_V_keep_V_dout[ap_const_lv32_4];
assign grp_fu_449_p3 = lbRxDataIn_V_keep_V_dout[ap_const_lv32_5];
assign grp_fu_457_p3 = lbRxDataIn_V_keep_V_dout[ap_const_lv32_6];
assign grp_fu_465_p3 = lbRxDataIn_V_keep_V_dout[ap_const_lv32_7];
assign grp_nbreadreq_fu_200_p5 = (lbRxDataIn_V_data_V_empty_n & lbRxDataIn_V_keep_V_empty_n & lbRxDataIn_V_last_V_empty_n);
assign grp_nbwritereq_fu_212_p3 = lb_packetBuffer_V_full_n;
assign lbRequestPortOpenOut_V_V_din = ap_const_lv16_280;
assign lbRxDataIn_V_data_V0_status = (lbRxDataIn_V_data_V_empty_n & lbRxDataIn_V_keep_V_empty_n & lbRxDataIn_V_last_V_empty_n);
assign lbRxDataIn_V_data_V_read = lbRxDataIn_V_data_V0_update;
assign lbRxDataIn_V_keep_V_read = lbRxDataIn_V_data_V0_update;
assign lbRxDataIn_V_last_V_read = lbRxDataIn_V_data_V0_update;
assign lb_metadataBuffer_V_destinatio_1_din = {{lbRxMetadataIn_V_dout[ap_const_lv32_2F : ap_const_lv32_10]}};
assign lb_metadataBuffer_V_destinatio_1_write = lb_metadataBuffer_V_sourceSock1_update;
assign lb_metadataBuffer_V_destinatio_din = lbRxMetadataIn_V_dout[15:0];
assign lb_metadataBuffer_V_destinatio_write = lb_metadataBuffer_V_sourceSock1_update;
assign lb_metadataBuffer_V_sourceSock1_status = (lb_metadataBuffer_V_sourceSock_full_n & lb_metadataBuffer_V_sourceSock_1_full_n & lb_metadataBuffer_V_destinatio_full_n & lb_metadataBuffer_V_destinatio_1_full_n);
assign lb_metadataBuffer_V_sourceSock_1_din = {{lbRxMetadataIn_V_dout[ap_const_lv32_5F : ap_const_lv32_40]}};
assign lb_metadataBuffer_V_sourceSock_1_write = lb_metadataBuffer_V_sourceSock1_update;
assign lb_metadataBuffer_V_sourceSock_din = {{lbRxMetadataIn_V_dout[ap_const_lv32_3F : ap_const_lv32_30]}};
assign lb_metadataBuffer_V_sourceSock_write = lb_metadataBuffer_V_sourceSock1_update;
assign or_cond_fu_819_p0 = lbRequestPortOpenOut_V_V_full_n;
assign or_cond_fu_819_p2 = (or_cond_fu_819_p0 & tmp_5_fu_813_p2);
assign p_051_0_1_fu_514_p3 = ((grp_fu_417_p3[0:0]===1'b1)? counter_V_1_fu_506_p3: p_051_0_cast_fu_502_p1);
assign p_051_0_2_cast_fu_536_p1 = p_051_0_2_fu_528_p3;
assign p_051_0_2_fu_528_p3 = ((grp_fu_425_p3[0:0]===1'b1)? counter_V_2_fu_522_p2: p_051_0_1_fu_514_p3);
assign p_051_0_3_fu_546_p3 = ((grp_fu_433_p3[0:0]===1'b1)? counter_V_3_fu_540_p2: p_051_0_2_cast_fu_536_p1);
assign p_051_0_4_fu_560_p3 = ((grp_fu_441_p3[0:0]===1'b1)? counter_V_4_fu_554_p2: p_051_0_3_fu_546_p3);
assign p_051_0_5_fu_574_p3 = ((grp_fu_449_p3[0:0]===1'b1)? counter_V_5_fu_568_p2: p_051_0_4_fu_560_p3);
assign p_051_0_6_cast_fu_596_p1 = p_051_0_6_fu_588_p3;
assign p_051_0_6_fu_588_p3 = ((grp_fu_457_p3[0:0]===1'b1)? counter_V_6_fu_582_p2: p_051_0_5_fu_574_p3);
assign p_051_0_7_fu_606_p3 = ((grp_fu_465_p3[0:0]===1'b1)? counter_V_7_fu_600_p2: p_051_0_6_cast_fu_596_p1);
assign p_051_0_cast_fu_502_p1 = tmp_9_fu_498_p1;
assign p_067_0_1_fu_691_p3 = ((grp_fu_417_p3[0:0]===1'b1)? counter_V_1_1_fu_683_p3: p_067_0_cast_fu_679_p1);
assign p_067_0_2_cast_fu_713_p1 = p_067_0_2_fu_705_p3;
assign p_067_0_2_fu_705_p3 = ((grp_fu_425_p3[0:0]===1'b1)? counter_V_1_2_fu_699_p2: p_067_0_1_fu_691_p3);
assign p_067_0_3_fu_723_p3 = ((grp_fu_433_p3[0:0]===1'b1)? counter_V_1_3_fu_717_p2: p_067_0_2_cast_fu_713_p1);
assign p_067_0_4_fu_737_p3 = ((grp_fu_441_p3[0:0]===1'b1)? counter_V_1_4_fu_731_p2: p_067_0_3_fu_723_p3);
assign p_067_0_5_fu_751_p3 = ((grp_fu_449_p3[0:0]===1'b1)? counter_V_1_5_fu_745_p2: p_067_0_4_fu_737_p3);
assign p_067_0_6_cast_fu_773_p1 = p_067_0_6_fu_765_p3;
assign p_067_0_6_fu_765_p3 = ((grp_fu_457_p3[0:0]===1'b1)? counter_V_1_6_fu_759_p2: p_067_0_5_fu_751_p3);
assign p_067_0_7_fu_783_p3 = ((grp_fu_465_p3[0:0]===1'b1)? counter_V_1_7_fu_777_p2: p_067_0_6_cast_fu_773_p1);
assign p_067_0_cast_fu_679_p1 = tmp_20_fu_675_p1;
assign tmp_10_nbwritereq_fu_252_p6 = (lb_metadataBuffer_V_sourceSock_full_n & lb_metadataBuffer_V_sourceSock_1_full_n & lb_metadataBuffer_V_destinatio_full_n & lb_metadataBuffer_V_destinatio_1_full_n);
assign tmp_136_fu_664_p4 = {{{lbRxDataIn_V_last_V_dout}, {lbRxDataIn_V_keep_V_dout}}, {lbRxDataIn_V_data_V_dout}};
assign tmp_13_fu_791_p1 = p_067_0_7_fu_783_p3;
assign tmp_1_nbreadreq_fu_288_p3 = lbPortOpenReplyIn_V_empty_n;
assign tmp_20_fu_675_p1 = lbRxDataIn_V_keep_V_dout[0:0];
assign tmp_243_fu_487_p4 = {{{lbRxDataIn_V_last_V_dout}, {lbRxDataIn_V_keep_V_dout}}, {lbRxDataIn_V_data_V_dout}};
assign tmp_5_fu_813_p2 = (openPortWaitTime_V == ap_const_lv32_0? 1'b1: 1'b0);
assign tmp_6_fu_825_p2 = ($signed(openPortWaitTime_V) + $signed(ap_const_lv32_FFFFFFFF));
assign tmp_8_nbreadreq_fu_244_p3 = lbRxMetadataIn_V_empty_n;
assign tmp_9_fu_498_p1 = lbRxDataIn_V_keep_V_dout[0:0];
assign tmp_V_1_fu_795_p2 = (tmp_13_fu_791_p1 + lbPacketLength);
assign tmp_V_fu_618_p2 = (tmp_s_fu_614_p1 + lbPacketLength);
assign tmp_s_fu_614_p1 = p_051_0_7_fu_606_p3;


endmodule //udpLoopback_rxPath